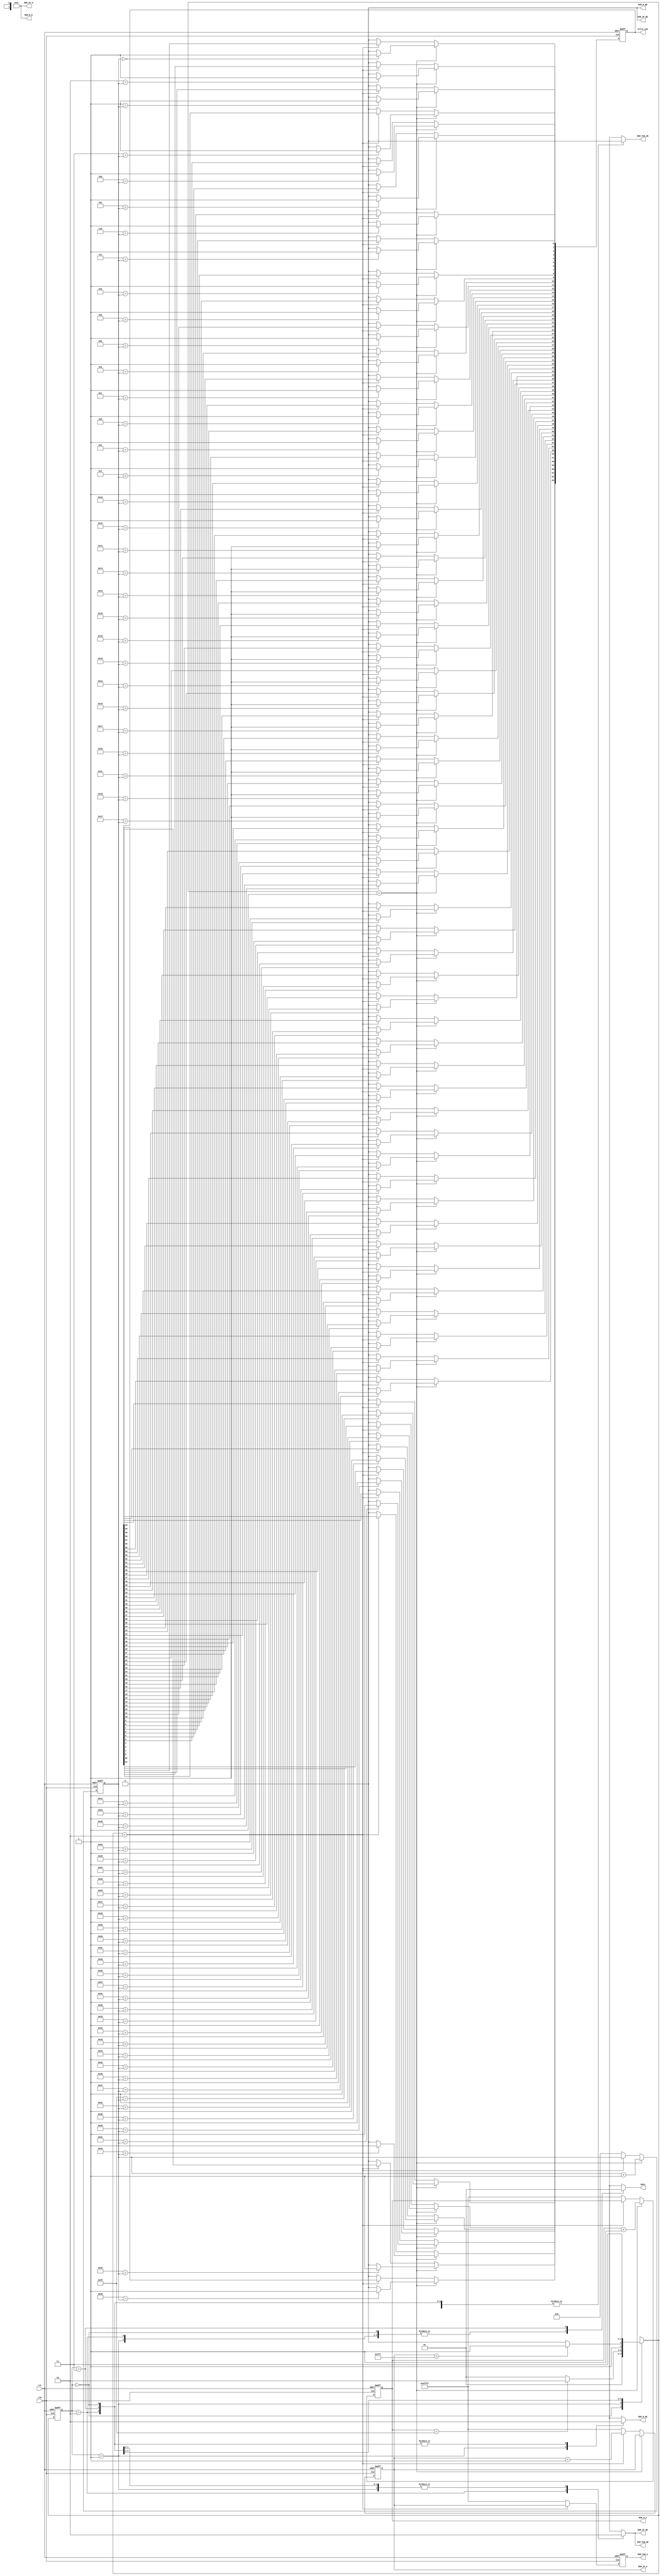
module controller(
  input                 clk,
  input                 rst,
  //input   [1:0]         mode,
  //input   [24*64 - 1:0] weight,
  //input   [2:0]         winner_VEP_x,
  //input   [2:0]         winner_VEP_y,
  output  reg          RAM_IF_OE,
  output  reg          RAM_IF_WE, //always zero
  output  reg [17:0]   RAM_IF_A,
  output  reg[23:0]    RAM_IF_D, //always zero
  output  reg          RAM_W_OE,
  output  reg          RAM_W_WE, //always zero
  output  reg [17:0]   RAM_W_A,
  output  reg [23:0]   RAM_W_D, //always zero
  output  reg          RAM_TAG_OE,
  output  reg          RAM_TAG_WE,
  output  reg [17:0]   RAM_TAG_A,
  //output  [23:0]     RAM_TAG_D,
  output  reg [63:0]   write_vep,
  output    reg        done
);
parameter INIT=2'b00,
          LOAD_WEIGHT=2'b01,
	  WRITE_TAG=2'b10,
	  FINISH=2'b11;
		  
reg [1:0] ns,state;
reg [5:0]counter;
integer idx;

always@(posedge clk or posedge rst)begin
    if(rst)begin
        state<=INIT;
    end
    else begin
        state<=ns;
    end
end

always @(*) begin
		case (state)	
		    INIT: begin				
				ns=LOAD_WEIGHT;			
			end
			LOAD_WEIGHT:begin
				if (RAM_W_A==18'd63)begin
					ns=WRITE_TAG;
				end
				else begin
					ns=LOAD_WEIGHT;
				end				
			end			
			WRITE_TAG:begin
				if (RAM_IF_A > 18'd4095)begin
				    ns=FINISH;
				end
				else begin
					ns=WRITE_TAG;
				end				
			end
			FINISH:begin
				ns=FINISH;				
			end
			
			/*default:begin
				ns=FINISH;
			end*/
		endcase	
	end
	
//ramIF&W address
always @(posedge clk or posedge rst) begin//RAM_W_A
	if (rst)begin
		RAM_W_A <= 18'b111111111111111111;//(18'd0-18'd1);//owing to adding 1 initially at LOAD_WEIGHT state ,so minus before
	end
	else if (ns==LOAD_WEIGHT)begin
		RAM_W_A <= RAM_W_A + 18'd1;
	end
	else if(ns==WRITE_TAG)begin
		RAM_W_A <= RAM_W_A;
	end
	else begin
			RAM_W_A <= (18'b111111111111111111);
	end			
end	

always @(posedge clk or posedge rst) begin//write_vep
	if (rst)begin
		write_vep <= 64'd0;
	end
	else if (ns==LOAD_WEIGHT)begin
		for(idx = 0; idx < 64; idx = idx +1)begin
				if(idx == {26'd0,counter})
					write_vep[idx] <=  1'b1;
				else
					write_vep[idx] <=  1'b0;
		end
	end
	else if(ns==WRITE_TAG)begin
		write_vep <= write_vep ;
	end
	else begin
		write_vep <= 64'd0;
	end			
end	
	
always @(posedge clk or posedge rst) begin//counter
	if (rst)begin
		counter <= 6'b0;
	end
	else if (ns==LOAD_WEIGHT)begin
		counter <= counter + 6'b1;
	end
	else if(ns==WRITE_TAG)begin
		counter <= counter;
	end
	else begin
		counter <= 6'b0;
	end			
end	
	
always @(posedge clk or posedge rst) begin//RAM_IF_A
	if (rst)begin
		RAM_IF_A <= (18'b111111111111111111);
	end
	else if (ns==LOAD_WEIGHT)begin
		RAM_IF_A <= RAM_IF_A;
	end
	else if(ns==WRITE_TAG)begin
		RAM_IF_A <= RAM_IF_A + 18'd1;
	end
	else begin
		RAM_IF_A<= (18'b111111111111111111);
	end
end	
	
//ramTAG address//RAM_TAG_A	
always @(posedge clk or posedge rst) begin
	if (rst) begin
		RAM_TAG_A <= (18'b111111111111111111);
	end
	else if (ns==WRITE_TAG)begin
		RAM_TAG_A <= RAM_IF_A;
	end
	else begin
		RAM_TAG_A<=(18'b111111111111111111);
	end
end
	
always @(*) begin//RAM_W_WE
	RAM_W_WE=1'b0;//always0
end

always @(*) begin//RAM_W_D
	RAM_W_D=24'b0;//always0
end

always @(*) begin//RAM_IF_WE
	RAM_IF_WE=1'b0;//always0
end

always @(*) begin//RAM_IF_D
	RAM_IF_D=24'b0;//always0
end

always @(*) begin//RAM_W_OE
	case (state)
		INIT: begin
			RAM_W_OE=1'b0;
		end
		LOAD_WEIGHT:begin
			RAM_W_OE=1'b1;
		end
		WRITE_TAG:begin
			RAM_W_OE=1'b0;
		end
		FINISH:begin
			RAM_W_OE=1'b0;
		end
		/*default:begin
			RAM_W_OE=1'b0;
		end*/
	endcase	
end

always @(*) begin//RAM_IF_OE
	case (state)
		INIT: begin
			RAM_IF_OE=1'b0;
		end
		LOAD_WEIGHT:begin
			RAM_IF_OE=1'b0;
		end
		WRITE_TAG:begin
			RAM_IF_OE=1'b1;
		end
		FINISH:begin
			RAM_IF_OE=1'b0;
		end
		/*default:begin
			RAM_IF_OE=1'b0;
		end*/
	endcase	
end

always @(*) begin//RAM_TAG_OE
	case (state)
		INIT: begin
			RAM_TAG_OE=1'b0;
		end
		LOAD_WEIGHT:begin
			RAM_TAG_OE=1'b0;
		end
		WRITE_TAG:begin
			RAM_TAG_OE=1'b0;
		end
		FINISH:begin
			RAM_TAG_OE=1'b0;
		end
		/*default:begin
			RAM_TAG_OE=1'b0;
		end*/
	endcase	
end

always @(*) begin//RAM_TAG_WE
	case (state)
		INIT: begin
			RAM_TAG_WE=1'b0;
		end
		LOAD_WEIGHT:begin
			RAM_TAG_WE=1'b0;
		end
		WRITE_TAG:begin
			RAM_TAG_WE=1'b1;
		end
		FINISH:begin
			RAM_TAG_WE=1'b0;
		end
		/*default:begin
			RAM_TAG_WE=1'b0;
		end*/
	endcase	
end

always @(*) begin//done
	case (state)
		INIT: begin
			done=1'b0;
		end
		LOAD_WEIGHT:begin
			done=1'b0;
		end
		WRITE_TAG:begin
			done=1'b0;
		end
		FINISH:begin
			done=1'b1;
		end
		/*default:begin
			done=1'b0;
		end*/
	endcase	
end

endmodule